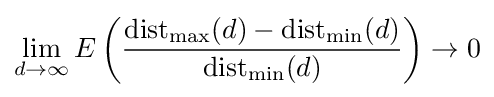
\lim _{d\to \infty }E\left({\frac {\operatorname {dist} _{\max }(d)-\operatorname {dist} _{\min }(d)}{\operatorname {dist} _{\min }(d)}}\right)\to 0